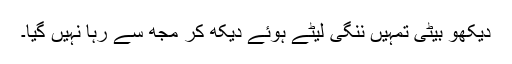
دیکھو بیٹی تمہیں ننگی لیٹے ہوئے دیکھ کر مجھ سے رہا نہیں گیا۔